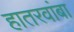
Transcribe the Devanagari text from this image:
हातरवांबा